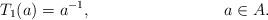
LaTeX: \begin{align*} T_1(a)=a^{-1}, && a\in A. \end{align*}